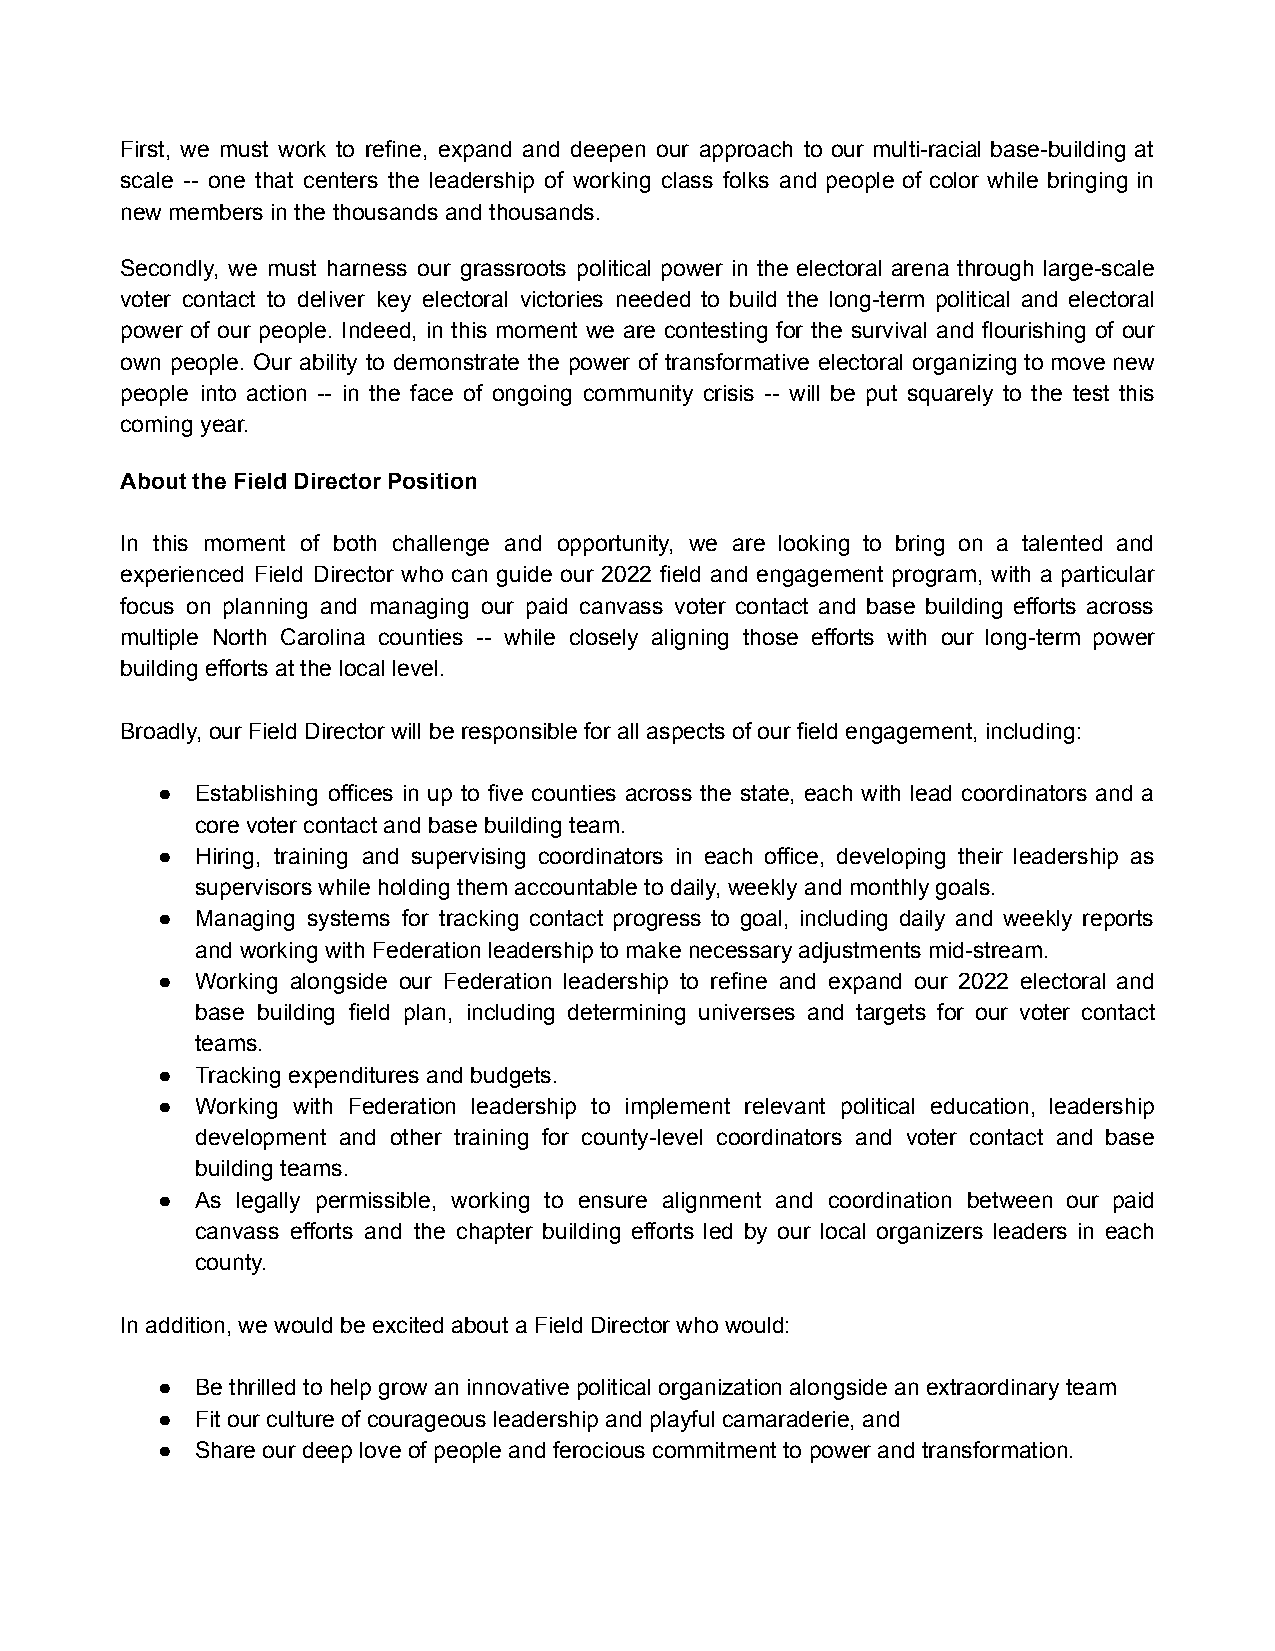
First, we must work to refine, expand and deepen our approach to our multi-racial base-building at
 scale -- one that centers the leadership of working class folks and people of color while bringing in
 new members in the thousands and thousands.
 Secondly, we must harness our grassroots political power in the electoral arena through large-scale
 voter contact to deliver key electoral victories needed to build the long-term political and electoral
 power of our people. Indeed, in this moment we are contesting for the survival and flourishing of our
 own people. Our ability to demonstrate the power of transformative electoral organizing to move new
 people into action -- in the face of ongoing community crisis -- will be put squarely to the test this
 coming year.
 About the Field Director Position
 In this moment of both challenge and opportunity, we are looking to bring on a talented and
 experienced Field Director who can guide our 2022 field and engagement program, with a particular
 focus on planning and managing our paid canvass voter contact and base building efforts across
 multiple North Carolina counties -- while closely aligning those efforts with our long-term power
 building efforts at the local level.
 Broadly, our Field Director will be responsible for all aspects of our field engagement, including:
 ●  Establishing offices in up to five counties across the state, each with lead coordinators and a
 core voter contact and base building team.
 ●  Hiring, training and supervising coordinators in each office, developing their leadership as
 supervisors while holding them accountable to daily, weekly and monthly goals.
 ●  Managing systems for tracking contact progress to goal, including daily and weekly reports
 and working with Federation leadership to make necessary adjustments mid-stream.
 ●  Working alongside our Federation leadership to refine and expand our 2022 electoral and
 base building field plan, including determining universes and targets for our voter contact
 teams.
 ●  Tracking expenditures and budgets.
 ●  Working with Federation leadership to implement relevant political education, leadership
 development and other training for county-level coordinators and voter contact and base
 building teams.
 ●  As legally permissible, working to ensure alignment and coordination between our paid
 canvass efforts and the chapter building efforts led by our local organizers leaders in each
 county.
 In addition, we would be excited about a Field Director who would:
 ●  Be thrilled to help grow an innovative political organization alongside an extraordinary team
 ●  Fit our culture of courageous leadership and playful camaraderie, and
 ●  Share our deep love of people and ferocious commitment to power and transformation.